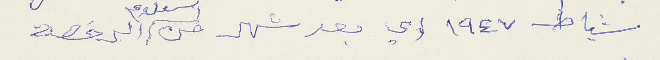
شباط ١٩٤٧ اي بعد شهر من استلام الرخصة